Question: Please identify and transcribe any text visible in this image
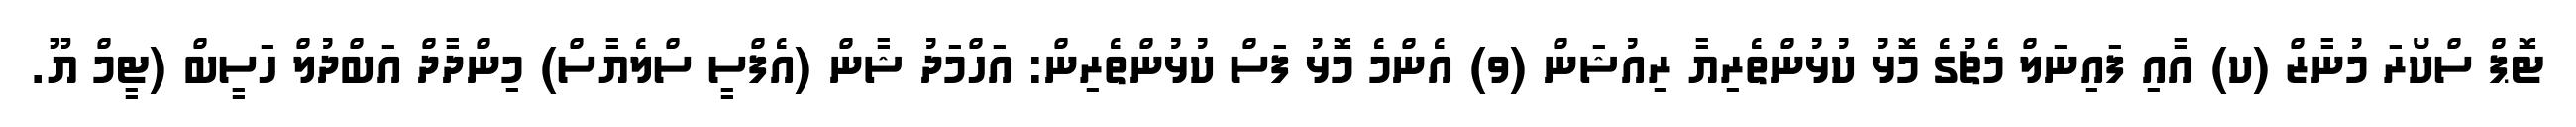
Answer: ޓޮޕް ސްކޯރަ މުނާޒް (ކ) އާއި ފައިނަލް މެޗުގެ މޮޅު ކުޅުންތެރިޔާ ރިއުޝަން (ވ) އެންމެ މޮޅު ފަސް ކުޅުންތެރިން: އަހްމަދު ޝާން (އެފްސީ ސްލެޔާސް) މިންދާދް އަބްދުލް ހަސީބް (ޓީމް ޔޫ.